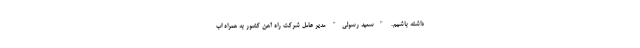
داشته باشیم. "سعید رسولی" مدیر عامل شرکت راه آهن کشور به همراه اب